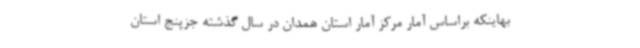
بهاینکه براساس آمار مرکز آمار استان همدان در سال گذشته جزپنج استان